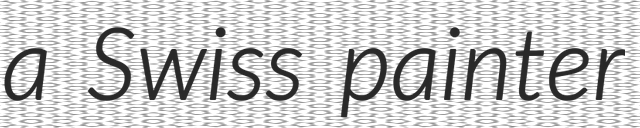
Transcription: a Swiss painter